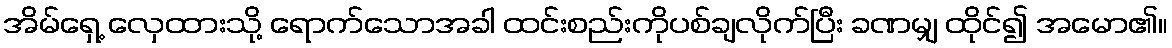
အိမ်ရှေ့ လှေထားသို့ ရောက်သောအခါ ထင်းစည်းကိုပစ်ချလိုက်ပြီး ခဏမျှ ထိုင်၍ အမော၏။